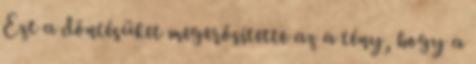
Ezt a döntésüket megerősítette az a tény, hogy a